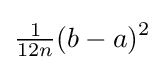
{\tfrac {1}{12n}}(b-a)^{2}